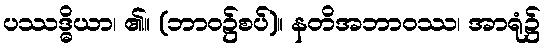
ပဿဒ္ဓိယာ၊ ၏။ (ဘာဝ၌စပ်)။ နတိအဘာဝဿ၊ အာရုံ၌